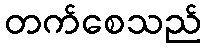
တက်စေသည်